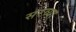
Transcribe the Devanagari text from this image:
सरव्या